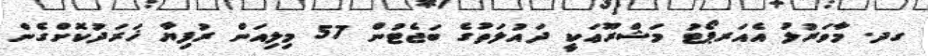
ގދ. މާވަރުލު އެއަރޕޯޓު މަޝްރޫޢަކީ ދައުލަތުގެ ބަޖެޓުން 57 މިލިއަން ރުފިޔާ ޚަރަދުކޮށްގެން